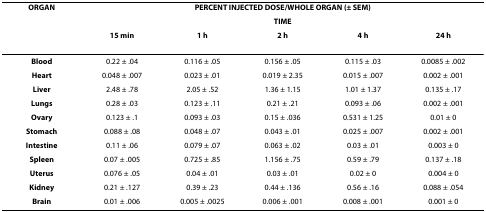
<table><thead><tr><td><b>ORGAN</b></td><td colspan="5"><b>PERCENT INJECTED DOSE/WHOLE ORGAN (± SEM)</b></td></tr><tr><td></td><td colspan="5"><b>TIME</b></td></tr><tr><td></td><td><b>15 min</b></td><td><b>1 h</b></td><td><b>2 h</b></td><td><b>4 h</b></td><td><b>24 h</b></td></tr></thead><tbody><tr><td><b>Blood</b></td><td>0.22 ± .04</td><td>0.116 ± .05</td><td>0.156 ± .05</td><td>0.115 ± .03</td><td>0.0085 ± .002</td></tr><tr><td><b>Heart</b></td><td>0.048 ± .007</td><td>0.023 ± .01</td><td>0.019 ± 2.35</td><td>0.015 ± .007</td><td>0.002 ± .001</td></tr><tr><td><b>Liver</b></td><td>2.48 ± .78</td><td>2.05 ± .52</td><td>1.36 ± 1.15</td><td>1.01 ± 1.37</td><td>0.135 ± .17</td></tr><tr><td><b>Lungs</b></td><td>0.28 ± .03</td><td>0.123 ± .11</td><td>0.21 ± .21</td><td>0.093 ± .06</td><td>0.002 ± .001</td></tr><tr><td><b>Ovary</b></td><td>0.123 ± .1</td><td>0.093 ± .03</td><td>0.15 ± .036</td><td>0.531 ± 1.25</td><td>0.01 ± 0</td></tr><tr><td><b>Stomach</b></td><td>0.088 ± .08</td><td>0.048 ± .07</td><td>0.043 ± .01</td><td>0.025 ± .007</td><td>0.002 ± .001</td></tr><tr><td><b>Intestine</b></td><td>0.11 ± .06</td><td>0.079 ± .07</td><td>0.063 ± .02</td><td>0.03 ± .01</td><td>0.003 ± 0</td></tr><tr><td><b>Spleen</b></td><td>0.07 ± .005</td><td>0.725 ± .85</td><td>1.156 ± .75</td><td>0.59 ± .79</td><td>0.137 ± .18</td></tr><tr><td><b>Uterus</b></td><td>0.076 ± .05</td><td>0.04 ± .01</td><td>0.03 ± .01</td><td>0.02 ± 0</td><td>0.004 ± 0</td></tr><tr><td><b>Kidney</b></td><td>0.21 ± .127</td><td>0.39 ± .23</td><td>0.44 ± .136</td><td>0.56 ± .16</td><td>0.088 ± .054</td></tr><tr><td><b>Brain</b></td><td>0.01 ± .006</td><td>0.005 ± .0025</td><td>0.006 ± .001</td><td>0.008 ± .001</td><td>0.001 ± 0</td></tr></tbody></table>